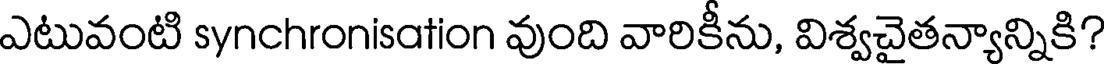
ఎటువంటి synchronisation వుంది వారికీను, విశ్వచైతన్యాన్నికి?